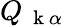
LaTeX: Q_{\mathrm{~\mathbf~k~}\alpha}